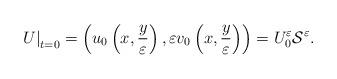
LaTeX: \begin{align*}\left.U\right|_{t=0}=\left(u_{0}\left(x, \frac{y}{\varepsilon}\right), \varepsilon v_{0}\left(x, \frac{y}{\varepsilon}\right)\right)=U_{0}^{\varepsilon} \mathcal{S}^{\varepsilon}.\end{align*}